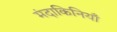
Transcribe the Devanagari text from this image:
मंदाकिनियाँ